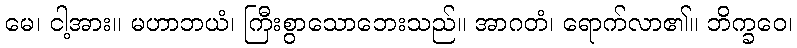
မေ၊ ငါ့အား။ မဟာဘယံ၊ ကြီးစွာသောဘေးသည်။ အာဂတံ၊ ရောက်လာ၏။ ဘိက္ခဝေ၊